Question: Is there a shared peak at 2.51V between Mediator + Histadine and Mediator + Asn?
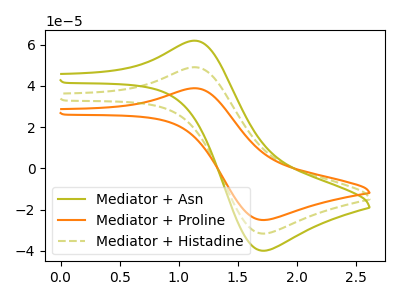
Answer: <think>The olive curve "Mediator + Asn" has an anodic peak at (1.15V, 98.10uA) and a cathodic peak at (1.70V, -63.40uA). The orange curve "Mediator + Proline" has an anodic peak at (1.15V, 38.85uA) and a cathodic peak at (1.70V, -25.10uA). The olive dashed curve "Mediator + Histadine" has an anodic peak at (1.15V, 49.05uA) and a cathodic peak at (1.70V, -31.70uA).</think>
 <answer>No, "Mediator + Histadine" and "Mediator + Asn" dont share a peak at 2.51V.</answer>
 <eval>mismatch</eval>